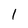
Character: 1